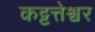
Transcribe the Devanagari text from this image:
कट्टत्तेश्वर